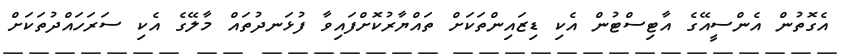
އެގޮތުން އެންސީއޭގެ އާޓިސްޓުން އެކި ޑިޒައިންތަކަށް ތައްޔާރުކޮށްފައިވާ ފުޅަނދުތައް މާލޭގެ އެކި ސަރަހައްދުތަކަށް